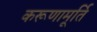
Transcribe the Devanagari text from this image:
करूणामूर्ति